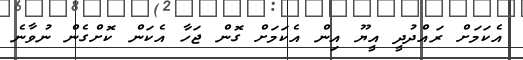
އެކަމަށް ރައްދުދީ އީޔޫ އިން އެކަމަށް ގޮން ޖަހާ އެކަން ކޮށްގެން ނުވާނެ